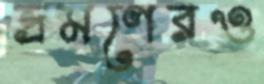
ভ্রমণেরও